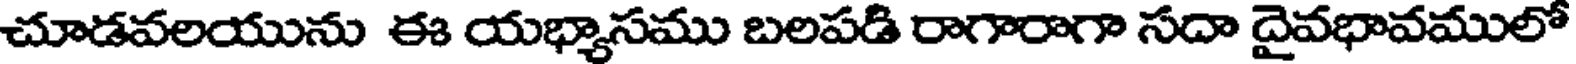
చూడవలయును ఈ యభ్యాసము బలపడి రాగారాగా సదా దైవభావములో